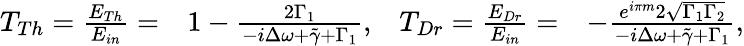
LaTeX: \begin{array}{rlrl}{T_{Th}=\frac{E_{Th}}{E_{in}}=}&{1-\frac{2\Gamma_{1}}{-i\Delta\omega+\tilde{\gamma}+\Gamma_{1}},}&{T_{Dr}=\frac{E_{Dr}}{E_{in}}=}&{-\frac{e^{i\pi m}2\sqrt{\Gamma_{1}\Gamma_{2}}}{-i\Delta\omega+\tilde{\gamma}+\Gamma_{1}},}\end{array}